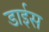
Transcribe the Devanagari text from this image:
डाईस